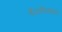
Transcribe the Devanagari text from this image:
बैठकीवरुन